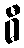
ဓီ